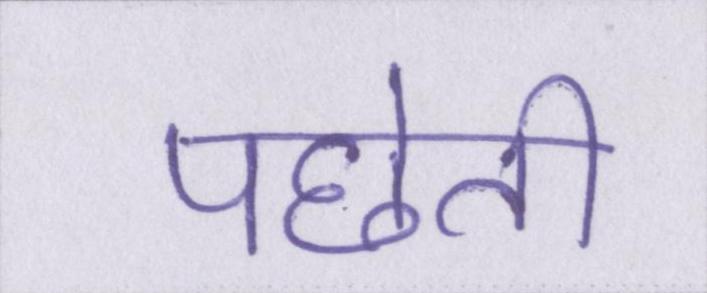
पछेती